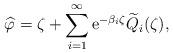
LaTeX: \begin{align*}\widehat{\varphi }=\zeta + \sum _{i=1}^{\infty }\mathrm{e}^{-\beta _{i}\zeta }\widetilde{Q}_{i}(\zeta ),\end{align*}